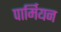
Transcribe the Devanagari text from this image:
पार्मियन